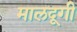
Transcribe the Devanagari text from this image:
मालदूगी